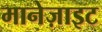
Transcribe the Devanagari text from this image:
मानेज़ाइट